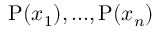
\mathrm { P } ( x _ { 1 } ) , . . . , \mathrm { P } ( x _ { n } )